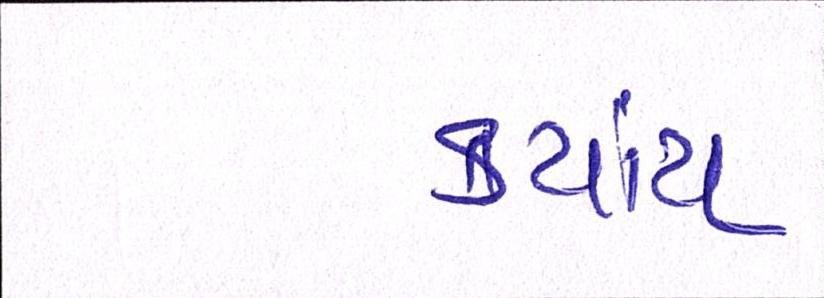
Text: કયાંય